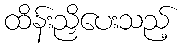
ထိန်းညှိပေးသည့်